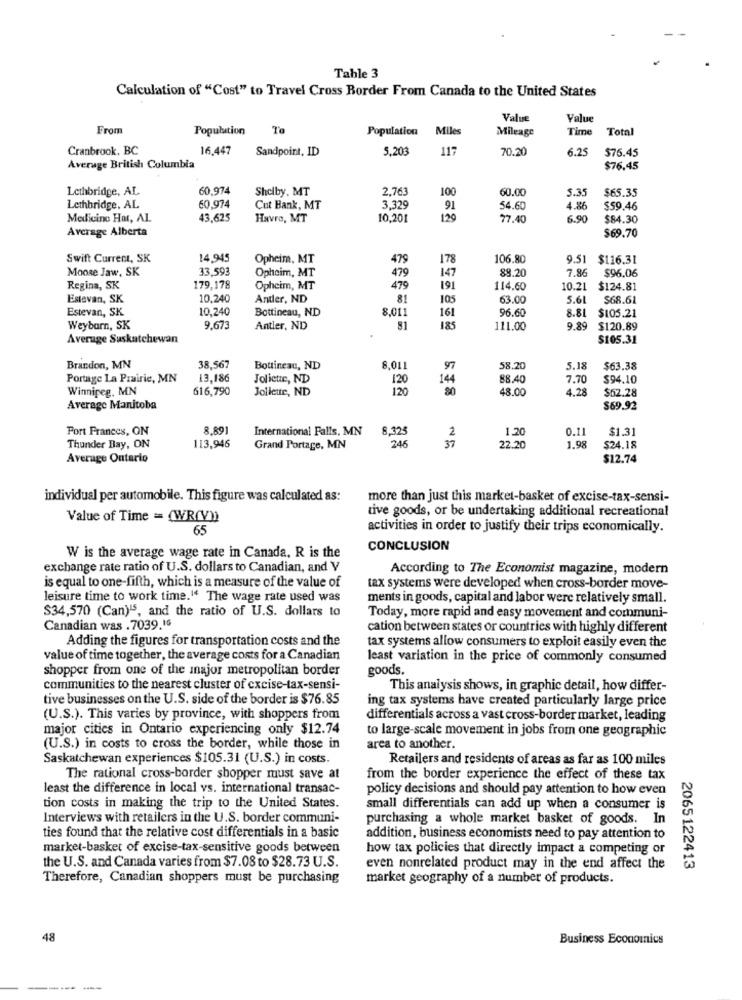
Table 3
Calculation of "Cost" to Travel Cross Border From Canada to the United States
Value
Value
From
Population
To
Population Miles
Mileage
Time
Total
Cranbrook, BC
16.447
Sandpoint, ID
5,203
117
70.20
6.25
$75.45
Average British Columbia
$76.45
Lethbridge, AL
60.974
Shelby. MT
2,763
100
60.00
5.35
$65.35
Lethbridge, AL
60.974
Cut Bank, MT
3,329
91
54.60
4.8
$59.46
Medicine Har, AL
43,625
Havre, MT
10,201
120
77.40
6.90
$84.30
Average Alberta
$69.70
Swift Current, SK
14,945
Opheim, MT
479
178
106.80
9.51
$116.31
Moose Jaw, SK
33,593
Opheim, MT
479
147
88.20
7.86
$96.06
Regina, SK
179,178
Opheim, MT
479
191
114.60
10.21
$124.81
Estevan, SK
10.240
Andler, ND
81
105
63.00
5.61
$68.61
Estevan, SK.
10,240
Bottineau, ND
8,011
161
96.60
8.81
$105.21
Weybarn, SK
9.673
Antler, ND
81
185
111.00
9.89
$120.89
Average Suskatchewan
$105.31
Brandon, MN
38,567
Boutineau, ND
6,011
97
58.20
5.18
$63.38
Portage La Prairie, MN
13,186
Joliette, ND
120
144
88.40
7.70
$94.10
Winnipeg, MN
616,790
Joliette, ND
120
80
48.00
4.28
$62.28
Average Manitoba
$69.92
Fort Frances, ON
8.891
International Falls, MN
8,325
2
1.20
0.11
$1.31
246
Thunder Bay, ON
113,946
Grand Portage, MN
37
22.20
1.98
$24.18
Average Ontario
$12.74
individual per automobile. This figure was calculated as:
more than just this market-basket of excise-tax-sensi-
tive goods, or be undertaking additional recreational
Value of Time = (WR(V))
65
activities in order to justify their trips economically.
CONCLUSION
W is the average wage rate in Canada, R is the
exchange rate ratio of U.S. dollars to Canadian, and V
According to The Economist magazine, modern
is equal to one-fifth, which is a measure of the value of
tax systems were developed when cross-border move-
leisure time to work time." The wage rate used was
ments in goods, capital and labor were relatively small.
$34,570 (Can)15, and the ratio of U.S. dollars to
Today, more rapid and easy movement and communi-
Canadian was .7039.16
cation between states or countries with highly different
Adding the figures for transportation costs and the
tax systems allow consumers to exploit easily even the
value of time together, the average costs for a Canadian
least variation in the price of commonly consumed
shopper from one of the major metropolitan border
goods.
communities to the nearest cluster of excise-tax-sensi-
This analysis shows, in graphic detail, how differ-
tive businesses on the U.S. side of the border is $76.85
ing tax systems have created particularly large price
(U.S.). This varies by province, with shoppers from
differentials across a vast cross-border market, leading
major cities in Ontario experiencing only $12.74
to large-scale movement in jobs from one geographic
(U.S.) in costs to cross the border, while those in
area to another.
Saskatchewan experiences $105.31 (U.S.) in costs.
Retailers and residents of areas as far as 100 miles
The rational cross-border shopper must save at
from the border experience the effect of these tax
least the difference in local vs. international transac-
policy decisions and should pay attention to how even
tion costs in making the trip to the United States.
small differentials can add up when a consumer is
Interviews with retailers in the U.S. border communi-
purchasing a whole market basket of goods. In
ties found that the relative cost differentials in a basic
addition, business economists need to pay attention to
market-basket of excise-tax-sensitive goods between
how tax policies that directly impact a competing or
the U.S. and Canada varies from $7.08 to $28.73 U.S.
even nonrelated product may in the end affect the
2065122413
Therefore, Canadian shoppers must be purchasing
market geography of a number of products.
48
Business Economics
---